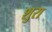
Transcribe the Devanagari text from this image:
शुरा